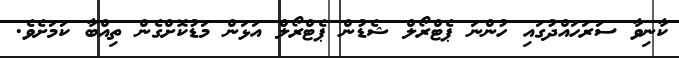
ކާނިވާ ސަރަހައްދުގައި ހުންނަ ޕެޓްރޯލް ޝެޑުން ޕެޓްރޯލް އަޅަން މަޑުކޮށްގެން ތިއްބާ ކަމަށެވެ.